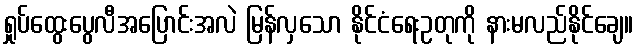
ရှုပ်ထွေးပွေလီအပြောင်းအလဲ မြန်လှသော နိုင်ငံရေးဥတုကို နားမလည်နိုင်ချေ။